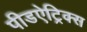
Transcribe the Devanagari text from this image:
पीडऐट्रिक्स